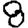
Digit: 8